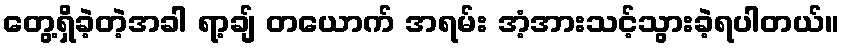
တွေ့ရှိခဲ့တဲ့အခါ ရာ့ချ် တယောက် အရမ်း အံ့အားသင့်သွားခဲ့ရပါတယ်။